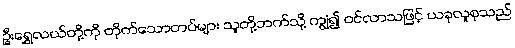
ဦးရွှေလယ်တို့ကို တိုက်သောတပ်များ သူတို့ဘက်သို့ ကျွံ၍ ဝင်လာသဖြင့် ယခုလူစုသည်